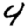
Digit: 4